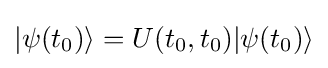
|\psi (t_{0})\rangle =U(t_{0},t_{0})|\psi (t_{0})\rangle